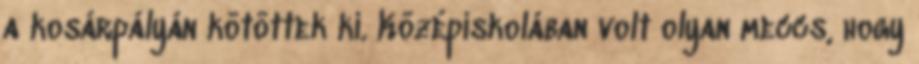
a kosárpályán kötöttek ki. Középiskolában volt olyan meccs, hogy